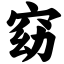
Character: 窈